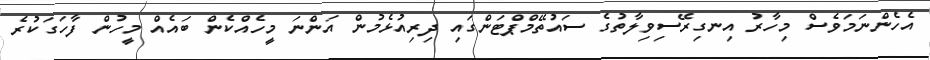
އެހެންނަމަވެސް މިހާރު އިނގިރޭސިވިލާތުގެ ސައުތޭމްޕްޓަންގައި ދިރިއުޅެމުން އަންނަ މީހެއްކެން ބައެއް މީހުން ފާހަގަކުރެ